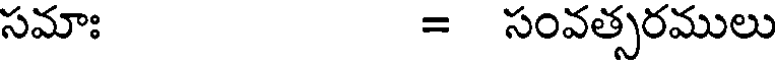
సమాః = సంవత్సరములు